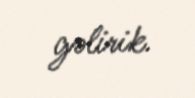
gəlirik.